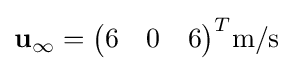
\mathbf {u} _{\infty }={\begin{pmatrix}6&0&6\end{pmatrix}}^{T}{\text{m/s}}